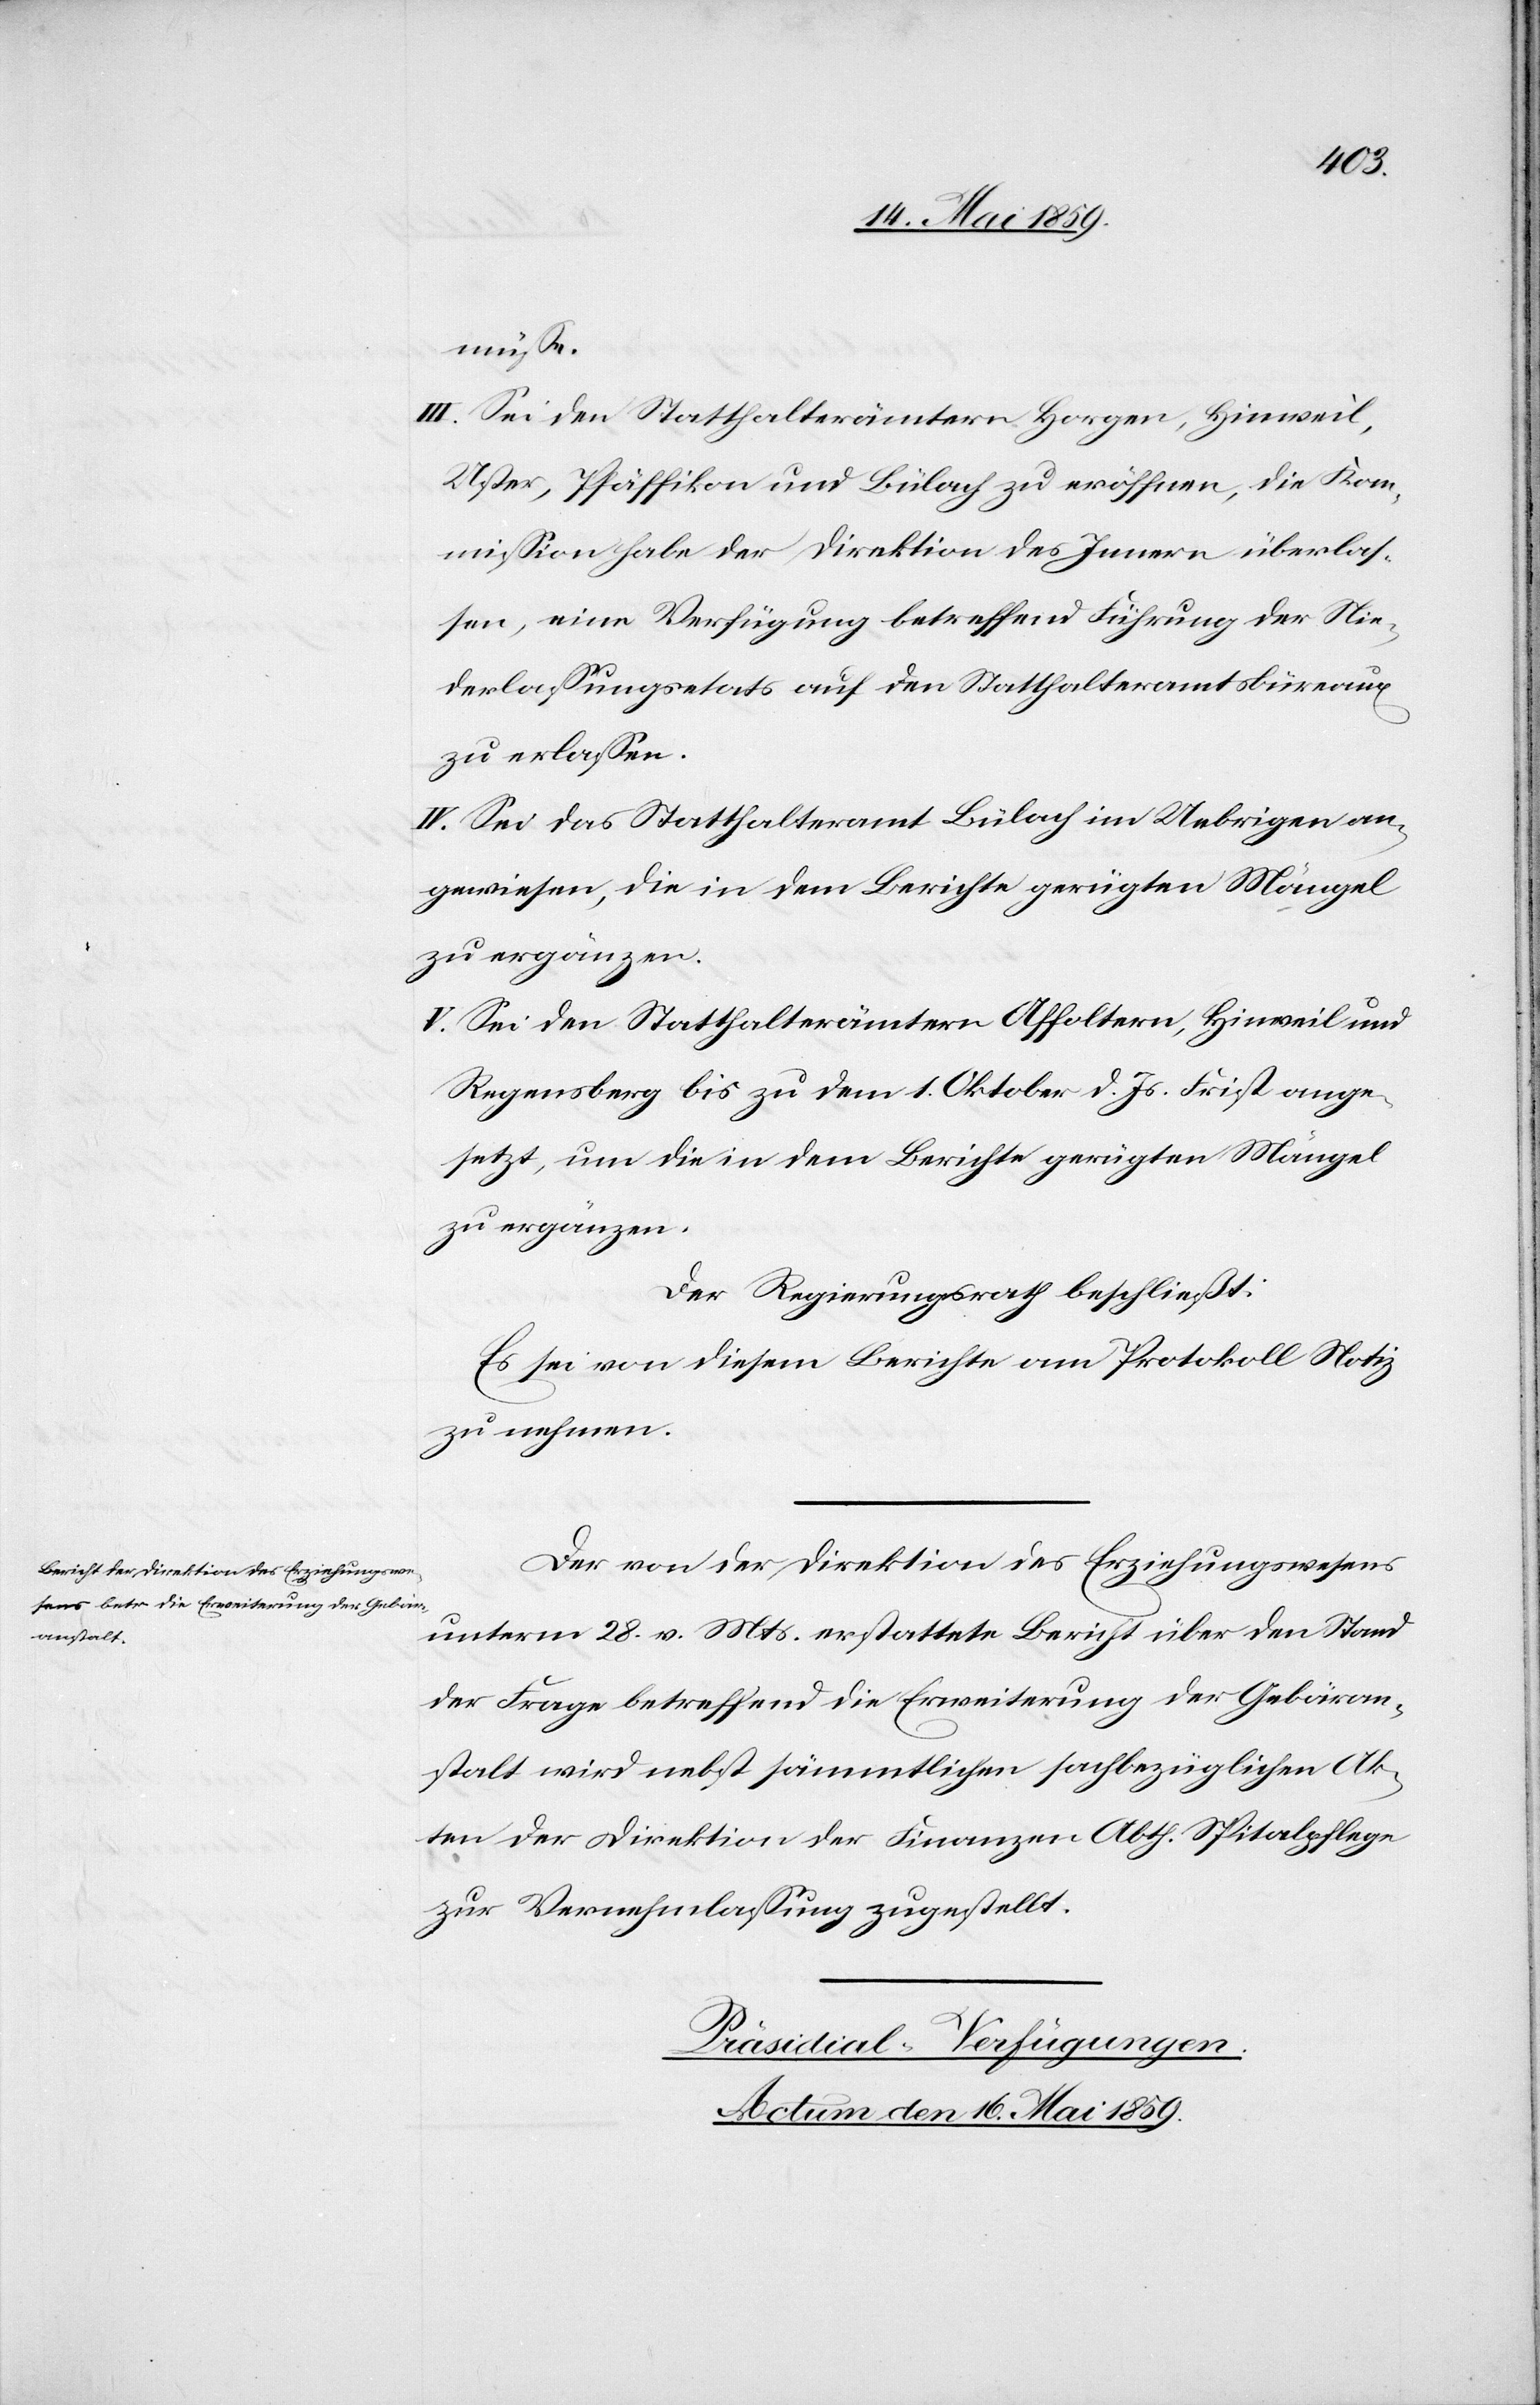
müße.
III. Sei den Statthalterämtern Horgen, Hinweil,
Uster, Pfäffikon und Bülach zu eröffnen, die Kom¬
mißion habe der Direktion des Innern überlaß¬
en, eine Verfügung betreffend Führung der Nie¬
derlaßungsetats auf den Statthalteramtsbüreaux
zu erlaßen.
IV. Sei das Statthalteramt Bülach im Uebrigen an¬
gewiesen, die in dem Berichte gerügten Mängel
zu ergänzen.
V. Sei den Statthalterämtern Affoltern, Hinweil und
Regensberg bis zu dem 1. Oktober d. Js. Frist ange¬
setzt, um die in dem Berichte gerügten Mängel
zu ergänzen.
Der Regierungsrath beschließt:
Es sei von diesem Berichte am Protokoll Notiz
zu nehmen.
Der von der Direktion des Erziehungswesens
unterm 28. v. Mts. erstattete Bericht über den Stand
der Frage betreffend die Erweiterung der Gebäran¬
stalt wird nebst sämmtlichen sachbezüglichen Ak¬
ten der Direktion der Finanzen Abth. Spitalpflege
zur Vernehmlaßung zugestellt.
Präsidial-Verfügungen.
Actum den 16. Mai 1859.